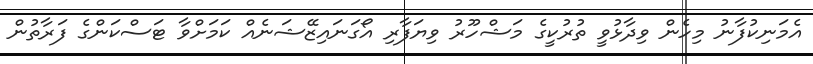
އެމަނިކުފާނު މިހެން ވިދާޅުވީ ތުރުކީގެ މަޝްހޫރު ވިޔަފާރި އޯގަނައިޒޭޝަނެއް ކަމަށްވާ ޓަސްކަންގެ ފަރާތުން